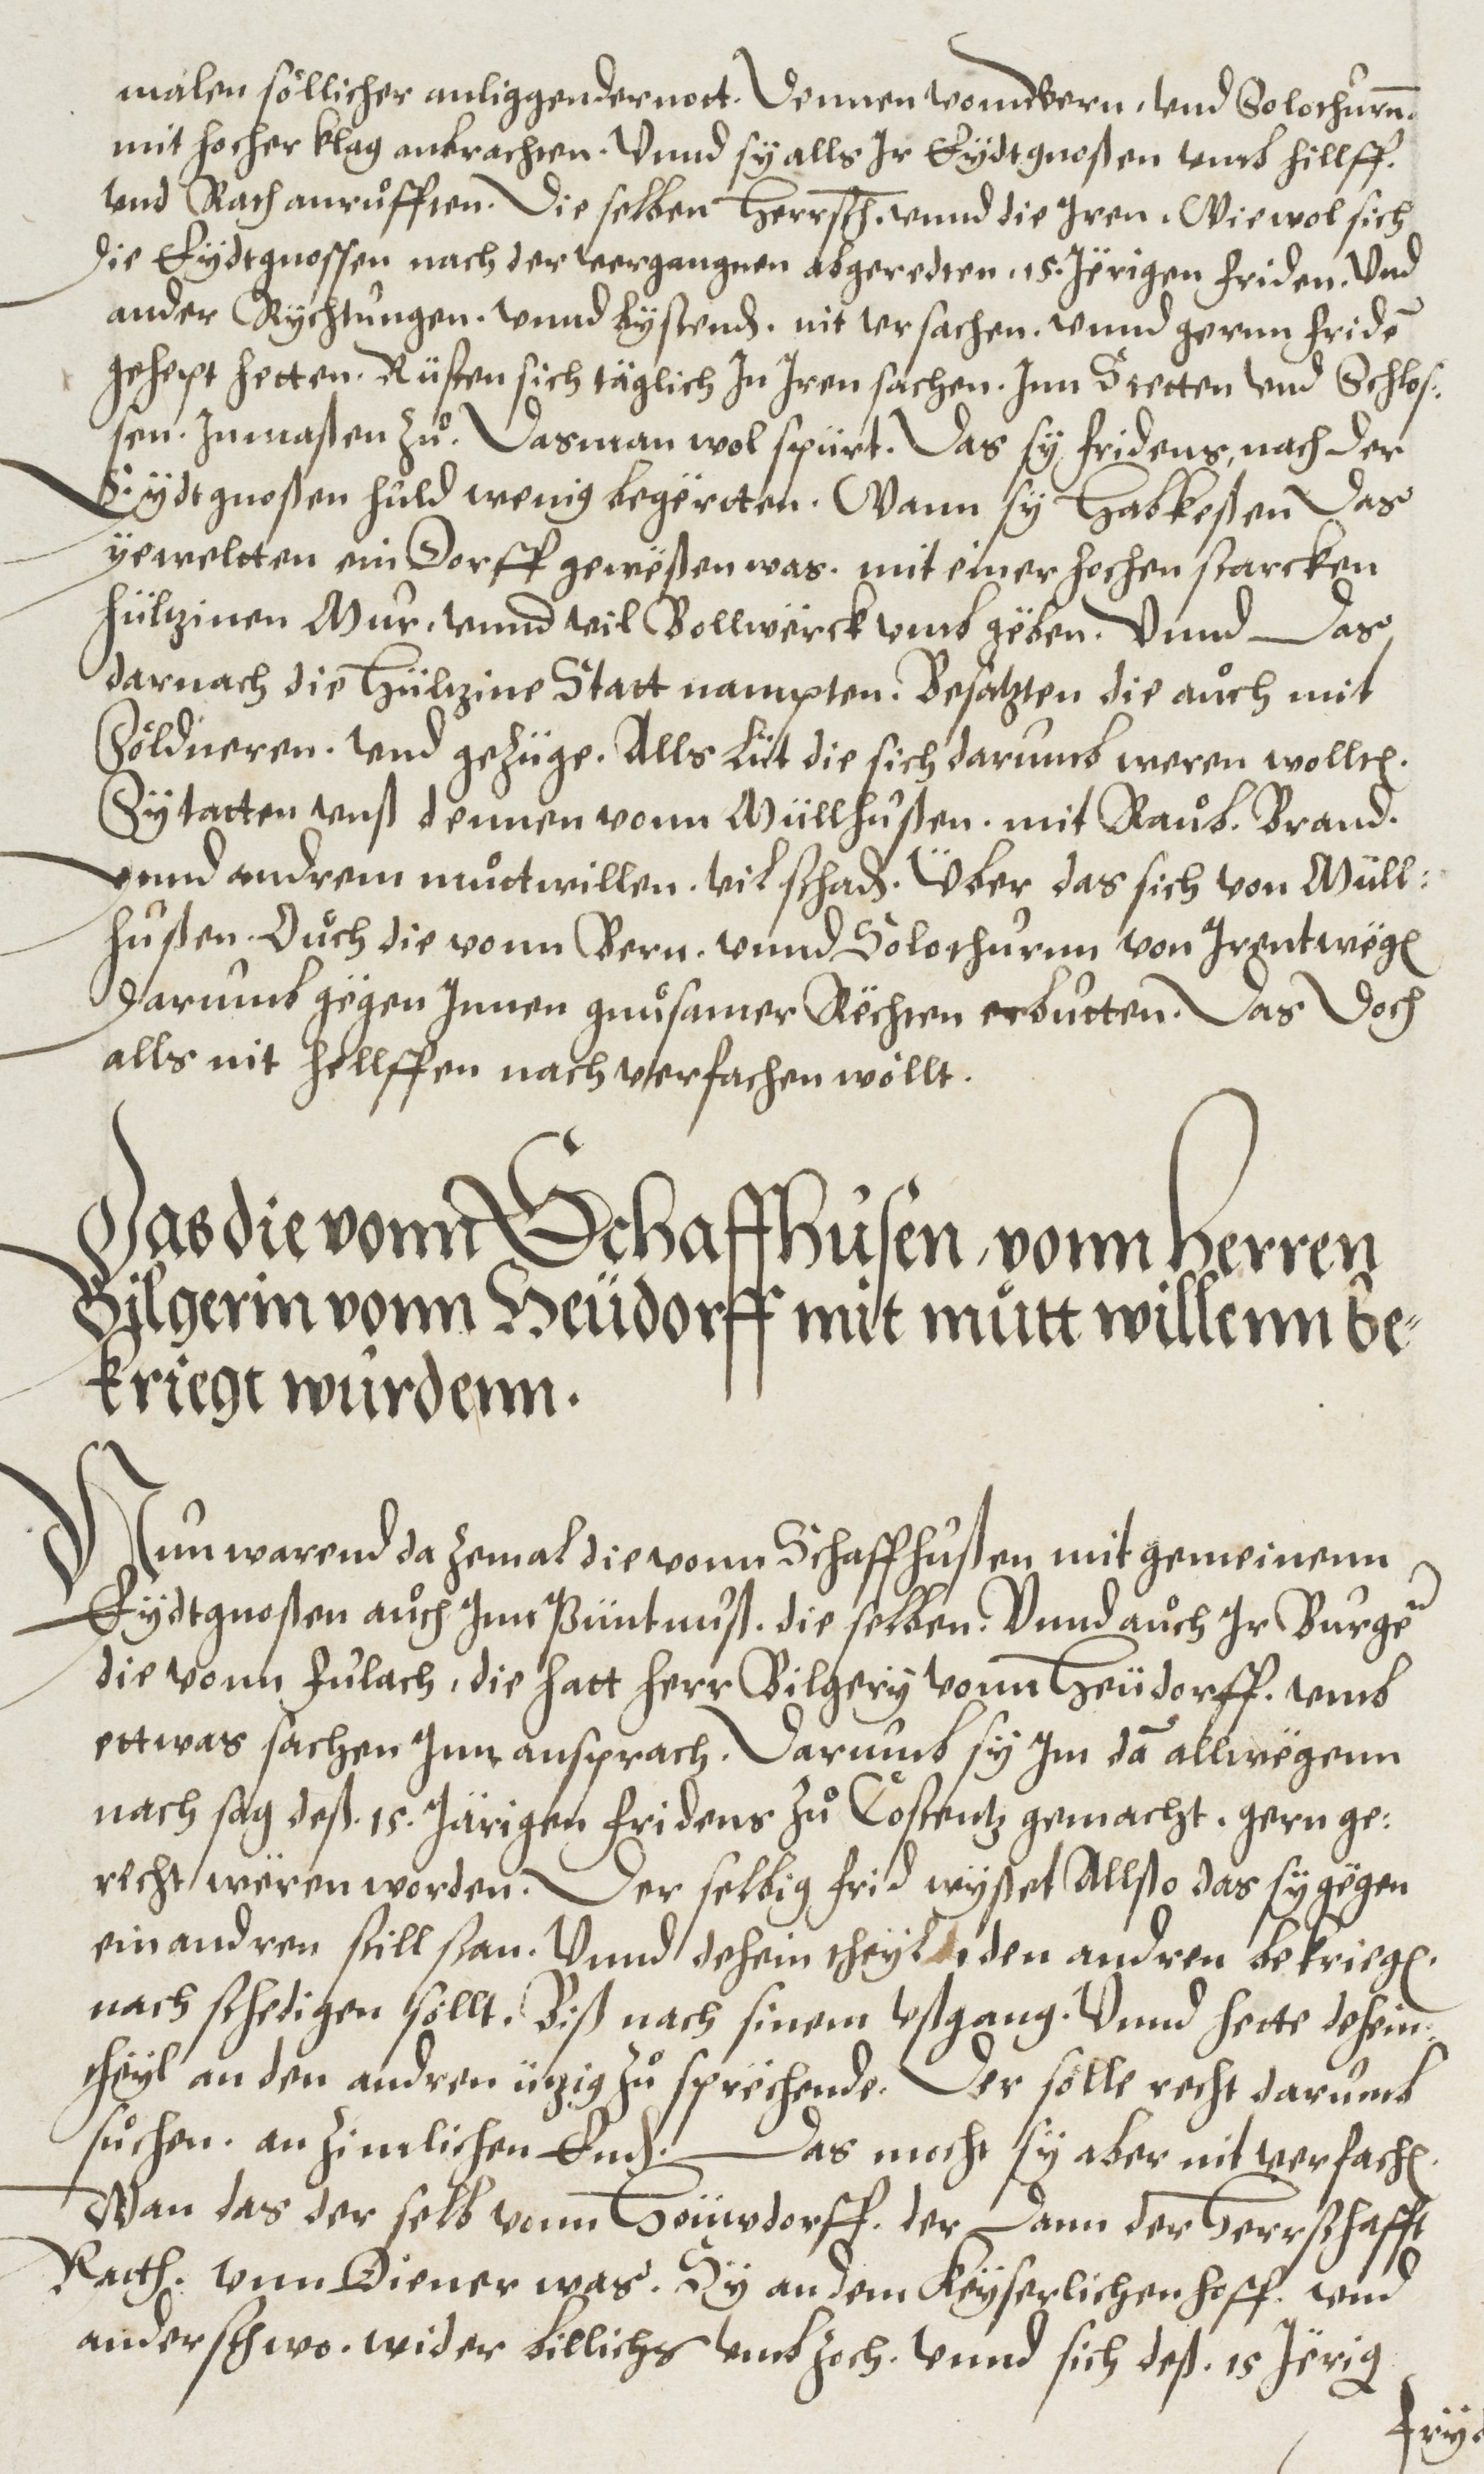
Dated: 1572–1572